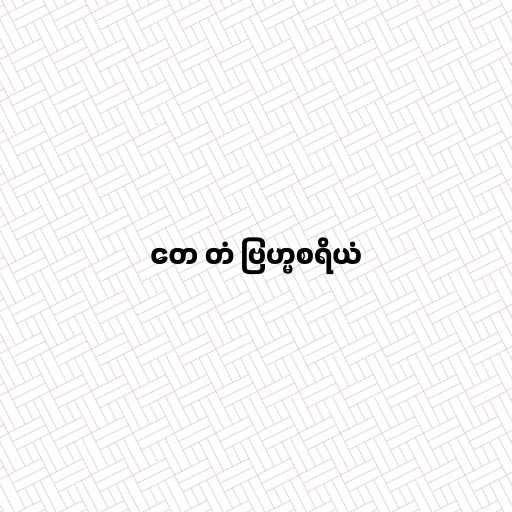
တေ တံ ဗြဟ္မစရိယံ